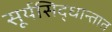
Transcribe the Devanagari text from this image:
सूर्यसिद्धान्तात